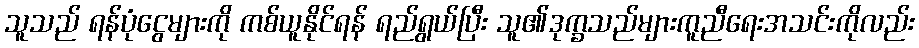
သူသည် ရန်ပုံငွေများကို ကစ်ယူနိုင်ရန် ရည်ရွယ်ပြီး သူ၏ဒုက္ခသည်များကူညီရေးအသင်းကိုလည်း